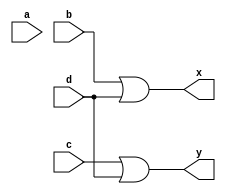
module T29_4x2_encode (
    input a, b, c, d,
    output x, y);

    or(x, b, d);
    or(y, c, d);
    
endmodule